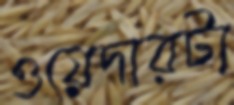
ওয়েদারটা